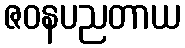
ဇဝနပညတာယ